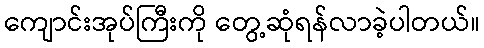
ကျောင်းအုပ်ကြီးကို တွေ့ဆုံရန်လာခဲ့ပါတယ်။